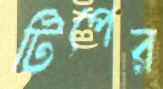
টিপের